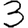
Digit: 3